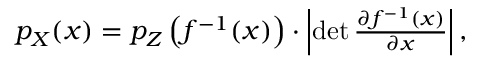
\begin{array} { r } { p _ { X } ( x ) = p _ { Z } \left( f ^ { - 1 } ( x ) \right) \cdot \left\vert \operatorname* { d e t } \frac { \partial f ^ { - 1 } ( x ) } { \partial x } \right\vert , } \end{array}